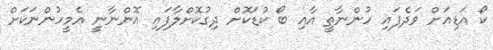
ކޯ އަޑިއަށް ވަދެފައި ހުންނާތީ އާއި ބޯ ކުޑަކޮށް ދިގުކޮށްލާފައި އޮންނާނީ އެމީހުންނަކަށް